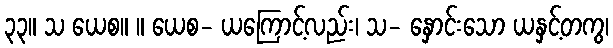
၃၃။ သ ယေစ။ ။ ယေစ- ယကြောင့်လည်း၊ သ- နှောင်းသော ယနှင့်တကွ၊